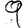
Digit: 9